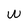
Character: W